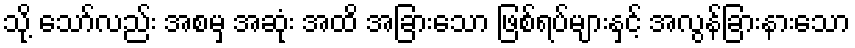
သို့ သော်လည်း အစမှ အဆုံး အထိ အခြားသော ဖြစ်ရပ်များနှင့် အလွန်ခြားနားသော